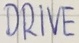
Text: DRIVE